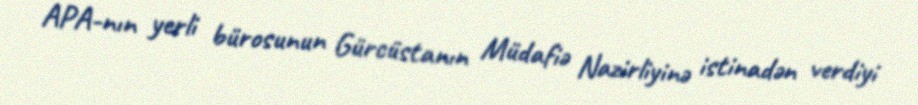
APA-nın yerli bürosunun Gürcüstanın Müdafiə Nazirliyinə istinadən verdiyi